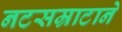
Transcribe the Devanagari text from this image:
नटसम्राटाने